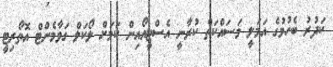
ކަދުރު ބެހުމުގެ އަމަލީ މަސައްކަތް ކުރާނީ އެސްޓީއޯއިން ކަމަށް ލޯކަލް ގަވާމެންޓް އޮތޯރިޓީ